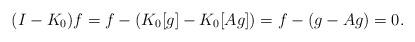
LaTeX: \begin{align*} (I-K_0)f = f - (K_0[g]-K_0[Ag]) = f - (g-Ag) =0.\end{align*}